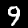
Label: 9